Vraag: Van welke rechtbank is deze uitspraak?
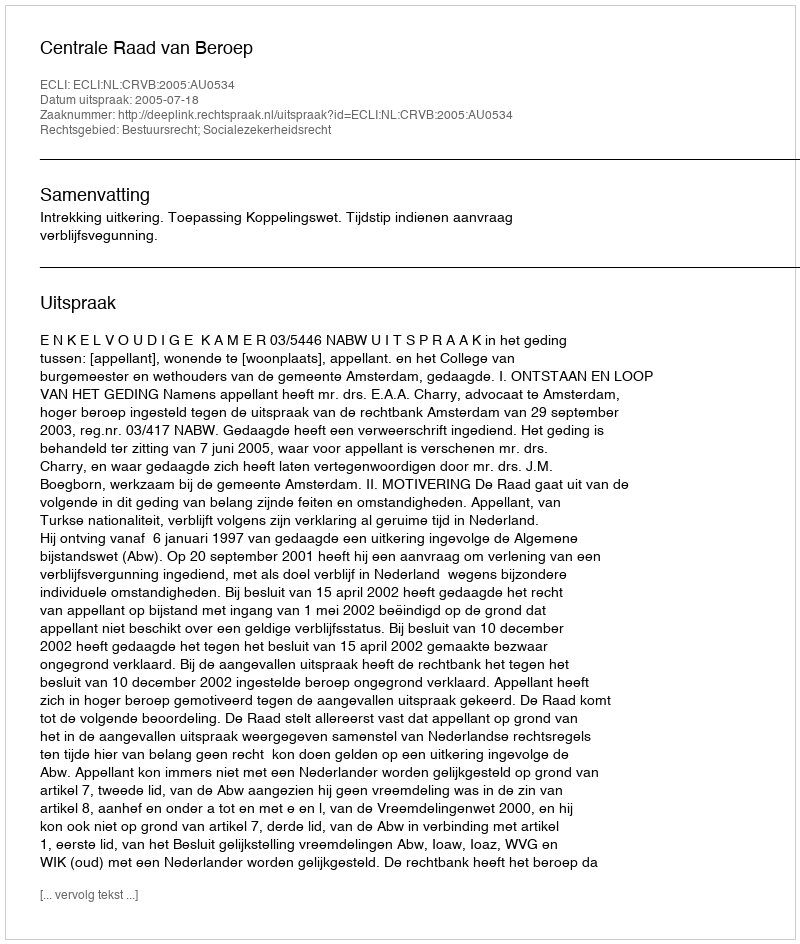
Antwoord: Centrale Raad van Beroep